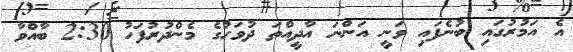
އެ އަމުރުގައި ބުނެފައި ވަނީ އަންނަ އާދީއްތަ ދުވަހުގެ މެންދުރުފަހު 2:30 ބާއްވާ